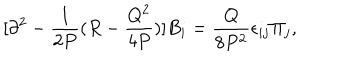
[ \partial ^ { 2 } - { \frac { 1 } { 2 P } } ( R - { \frac { Q ^ { 2 } } { 4 P } } ) ] B _ { i } = { \frac { Q } { 8 P ^ { 2 } } } \epsilon _ { i j } \Pi _ { j } ,